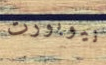
نيوبورت